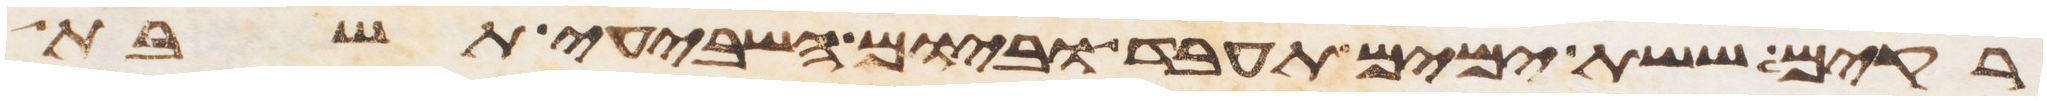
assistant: רקים ששת ימים תעבד וביום השביעי תשבת